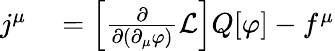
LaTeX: \begin{array}{rl}{j^{\mu}}&{{}=\left[{\frac{\partial}{\partial(\partial_{\mu}\varphi)}}{\mathcal{L}}\right]Q[\varphi]-f^{\mu}}\end{array}